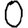
Digit: 0